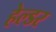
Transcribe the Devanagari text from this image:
हेल्डर